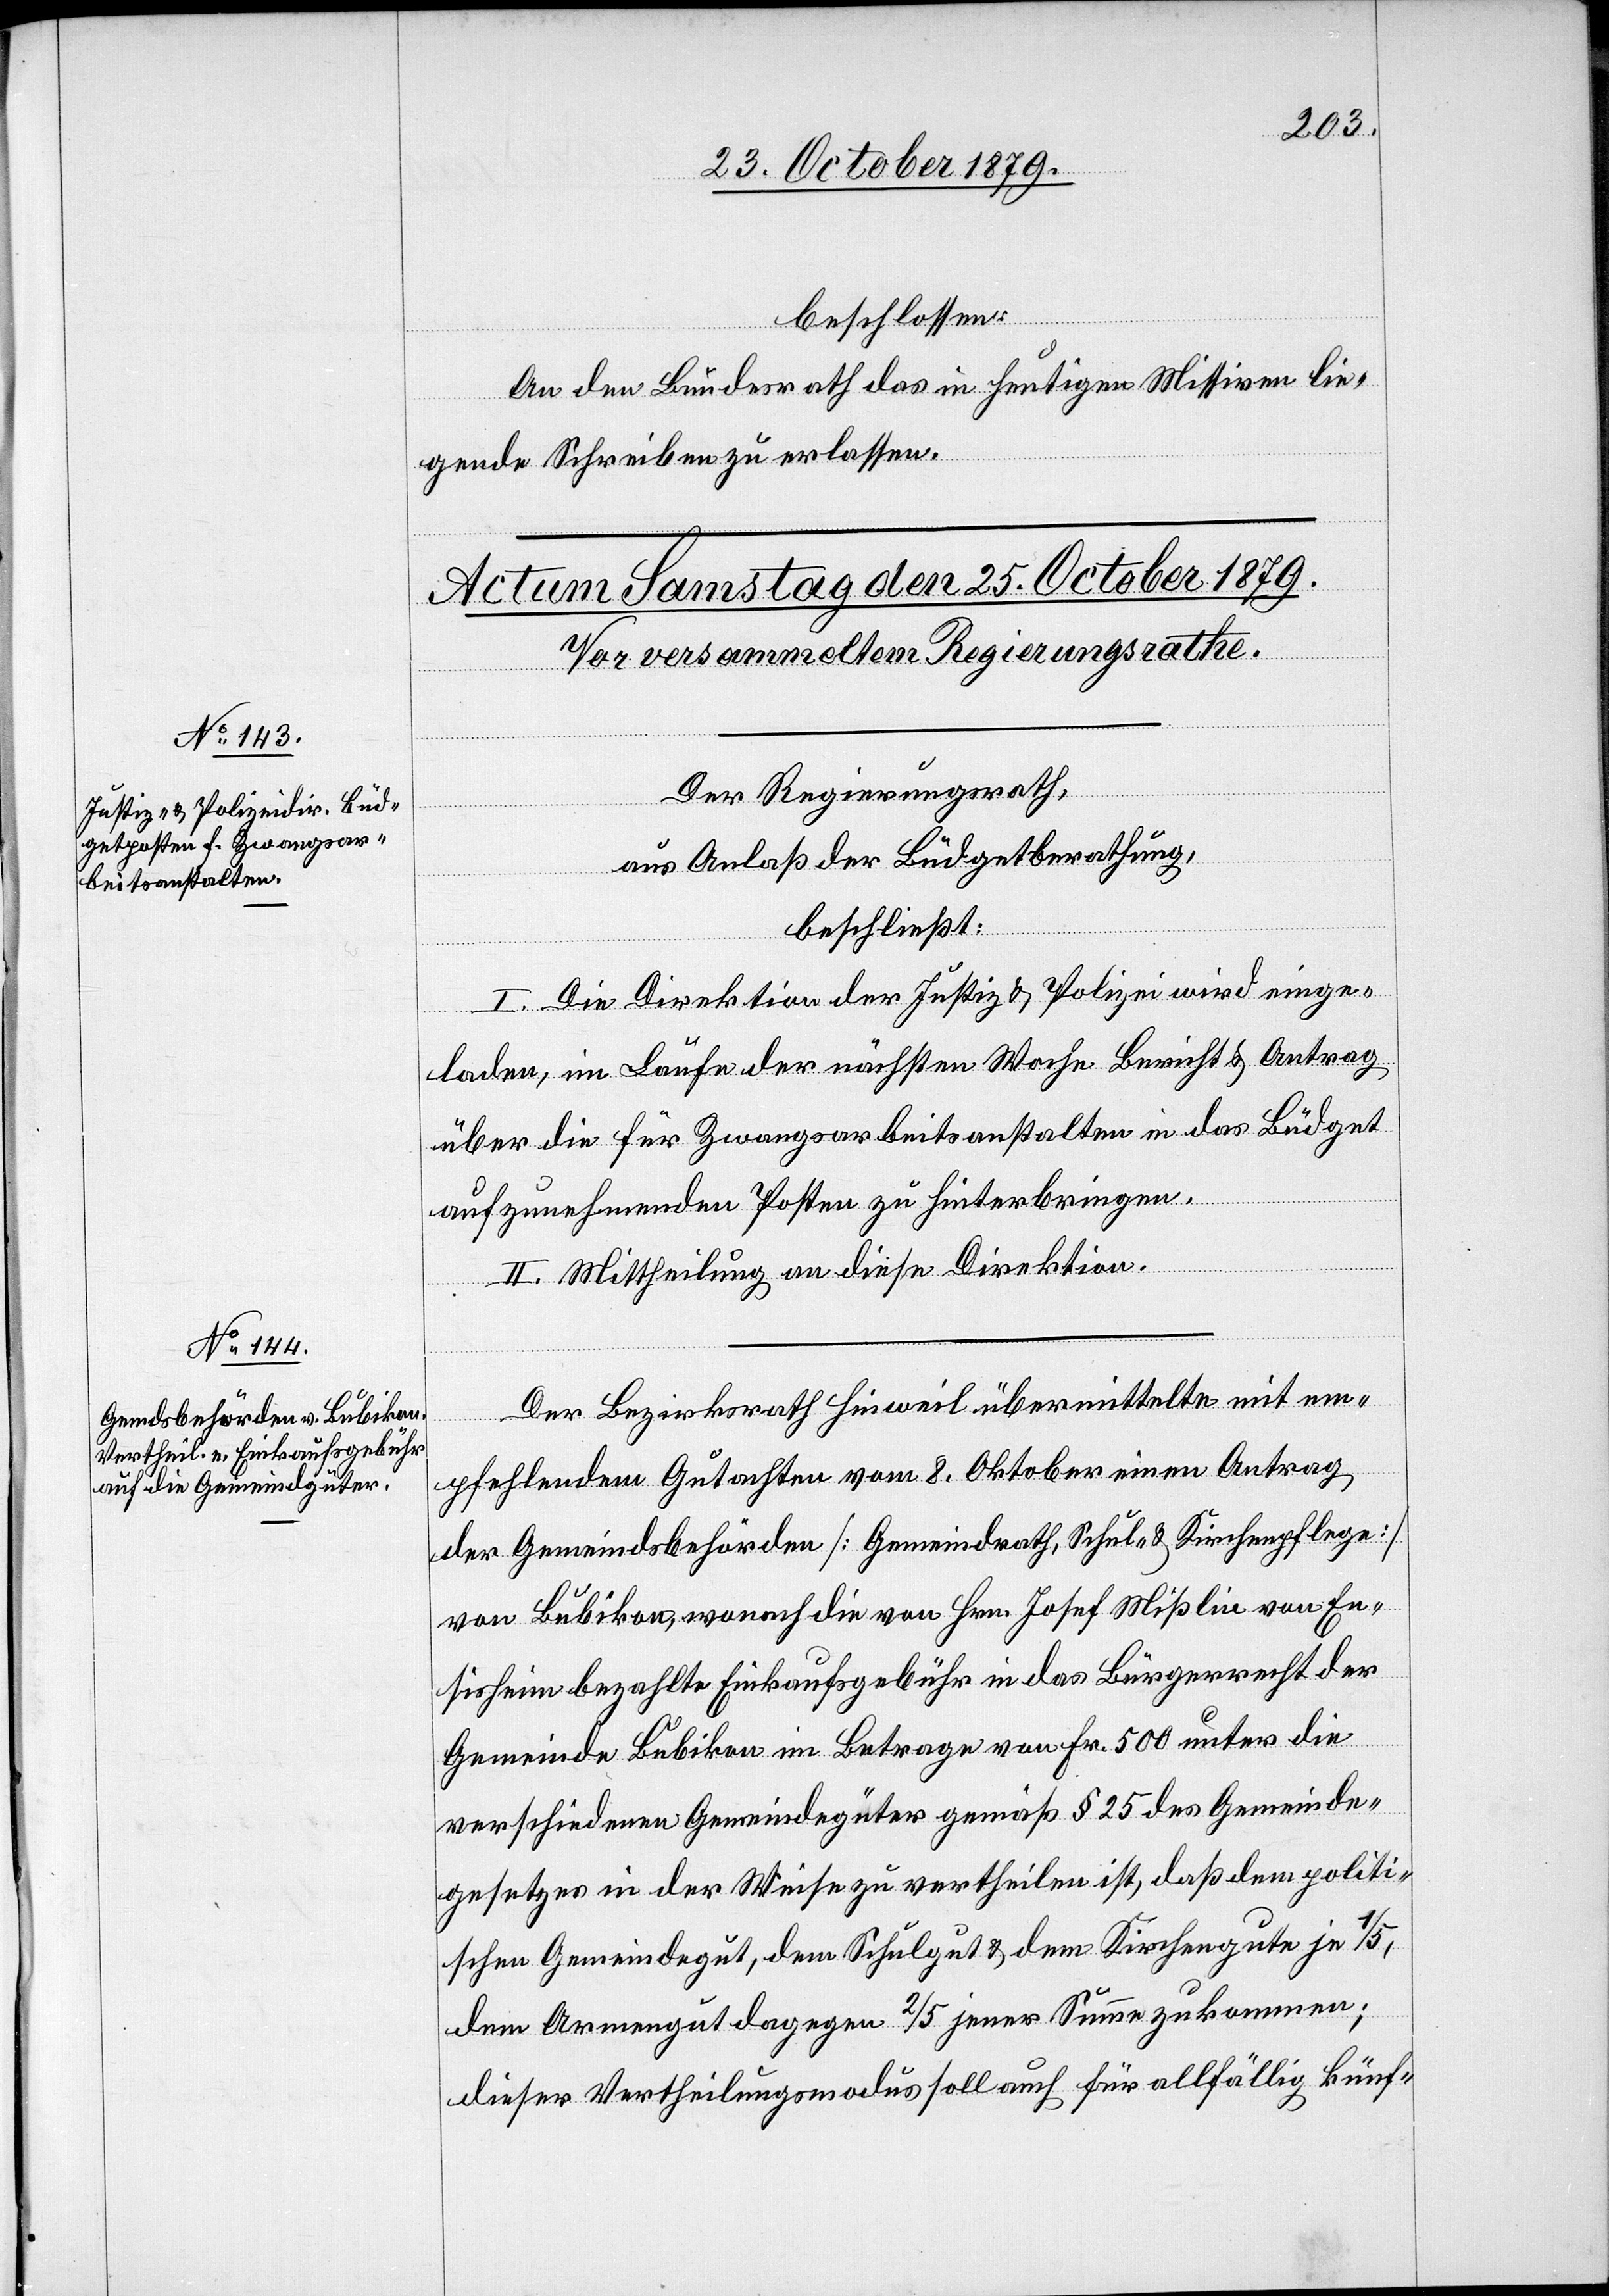
beschlossen:
An den Bundesrath das in heutigen Missiven lie¬
gende Schreiben zu erlassen.
Der Regierungsrath,
aus Anlaß der Büdgetberathung,
beschließt:
I. Die Direktion der Justiz & Polizei wird einge¬
laden, im Laufe der nächsten Woche Bericht & Antrag
über die für Zwangsarbeitsanstalten in das Büdget
aufzunehmenden Posten zu hinterbringen.
II. Mittheilung an diese Direktion.
Der Bezirksrath Hinweil übermittelte mit em¬
pfehlendem Gutachten vom 8. Oktober einen Antrag
der Gemeindsbehörden [Gemeindrath, Schul- & Kirchenpflege]
von Bubikon, wonach die von Hrn. Josef Mißlin von En¬
sisheim bezahlte Einkaufsgebühr in das Bürgerrecht der
Gemeinde Bubikon im Betrage von Fr. 500 unter die
verschiedenen Gemeindegüter gemäß § 25 des Gemeinde¬
gesetzes in der Weise zu vertheilen ist, daß dem politi¬
schen Gemeindegut, dem Schulgut & dem Kirchenrathe je 1/5,
dem Armengut dagegen 2/5 jener Summe zukommen;
dieser Vertheilungsmodus soll auch für allfällig künf-